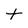
Character: t